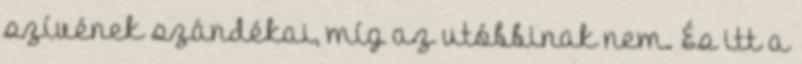
szívének szándékai, míg az utóbbinak nem. És itt a